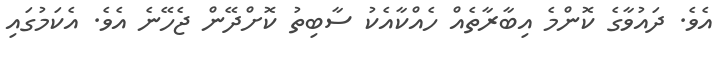
އެވެ. ދައުވާގެ ކޮންމެ އިބާރާތެއް ހެއްކާއެކު ސާބިތު ކޮށްދޭން ޖެހޭނެ އެވެ. އެކަމުގައި